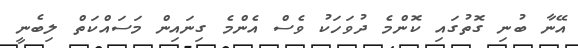
އޭނާ ބުނި ގޮތުގައި ކޮންމެ ދުވަހަކު ވެސް އެންމެ ގިނައިން މަސައްކަތް ލިބެނީ